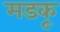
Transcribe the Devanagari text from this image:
मडकू